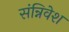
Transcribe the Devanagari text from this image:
संन्निवेश